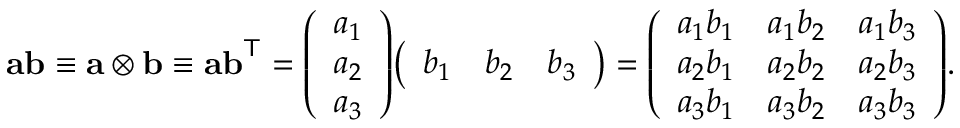
\mathbf { a b } \equiv \mathbf { a } \otimes \mathbf { b } \equiv \mathbf { a b } ^ { \mathsf { T } } = { \left( \begin{array} { l } { a _ { 1 } } \\ { a _ { 2 } } \\ { a _ { 3 } } \end{array} \right) } { \left( \begin{array} { l l l } { b _ { 1 } } & { b _ { 2 } } & { b _ { 3 } } \end{array} \right) } = { \left( \begin{array} { l l l } { a _ { 1 } b _ { 1 } } & { a _ { 1 } b _ { 2 } } & { a _ { 1 } b _ { 3 } } \\ { a _ { 2 } b _ { 1 } } & { a _ { 2 } b _ { 2 } } & { a _ { 2 } b _ { 3 } } \\ { a _ { 3 } b _ { 1 } } & { a _ { 3 } b _ { 2 } } & { a _ { 3 } b _ { 3 } } \end{array} \right) } .